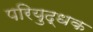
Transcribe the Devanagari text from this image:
परियुद्धक